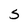
Character: S